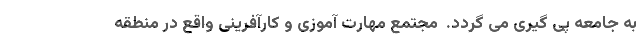
به جامعه پی گیری می گردد.  مجتمع مهارت آموزی و کارآفرینی واقع در منطقه